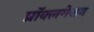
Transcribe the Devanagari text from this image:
प्रॉक्लमेशन